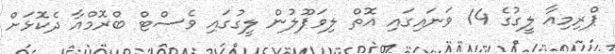
ޕްރިމިއާ ލީގުގެ 14 ވަނައިގައި އޮތް ލިވަޕޫލުން ލީގުގައި ވެސްޓް ބްރޮމްއާ ދެކޮޅަށް